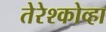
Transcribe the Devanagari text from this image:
तेरेश्कोव्हा